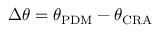
\Delta \theta = \theta _ { \mathrm { P D M } } - \theta _ { \mathrm { C R A } }